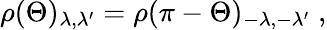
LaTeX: \rho(\Theta)_{\lambda,\lambda^{\prime}}=\rho(\pi-\Theta)_{-\lambda,-\lambda^{\prime}}\; ,